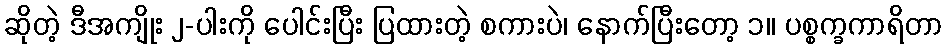
ဆိုတဲ့ ဒီအကျိုး ၂-ပါးကို ပေါင်းပြီး ပြထားတဲ့ စကားပဲ၊ နောက်ပြီးတော့ ၁။ ပစ္စက္ခကာရိတာ